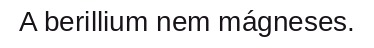
A berillium nem mágneses.